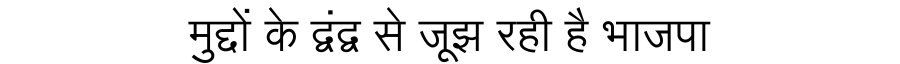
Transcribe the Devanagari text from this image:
मुद्दों के द्वंद्व से जूझ रही है भाजपा